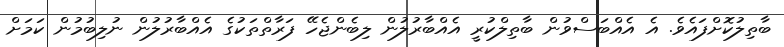
ބާތިލުކޮށްފައެވެ. އެ އެއްބަސްވުން ބާތިލްކުރީ އެއްބާރުލުން ލިބެންޖެހޭ ފަރާތްތަކުގެ އެއްބާރުލުން ނުލިބުމުން ކަމަށް